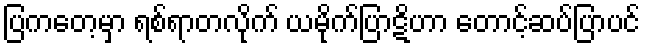
ပြကတေ့မှာ ရစ်ရာတလိုက် ယမိုက်ပြာဋိဟာ တောင့်ဆပ်ပြာပင်